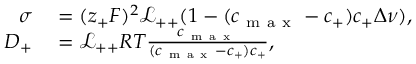
\begin{array} { r l } { \sigma } & { { } = ( z _ { + } F ) ^ { 2 } \mathcal { L _ { + + } } ( 1 - ( c _ { \mathrm { ~ m ~ a ~ x ~ } } - c _ { + } ) c _ { + } \Delta \nu ) , } \\ { D _ { + } } & { { } = \mathcal { L _ { + + } } R T \frac { c _ { \mathrm { ~ m ~ a ~ x ~ } } } { ( c _ { \mathrm { ~ m ~ a ~ x ~ } } - c _ { + } ) c _ { + } } , } \end{array}